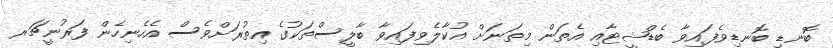
ބޮނޑި ބޮނޑިވެފައިވާ ބެޑްޝީޓާއި އެތަން މިތަނަށް އުކާލެވިފައިވާ ބާލީސްތަކުގެ އިތުރަށްވެސް އެހެނިހެން ފަރުނީޗަރ